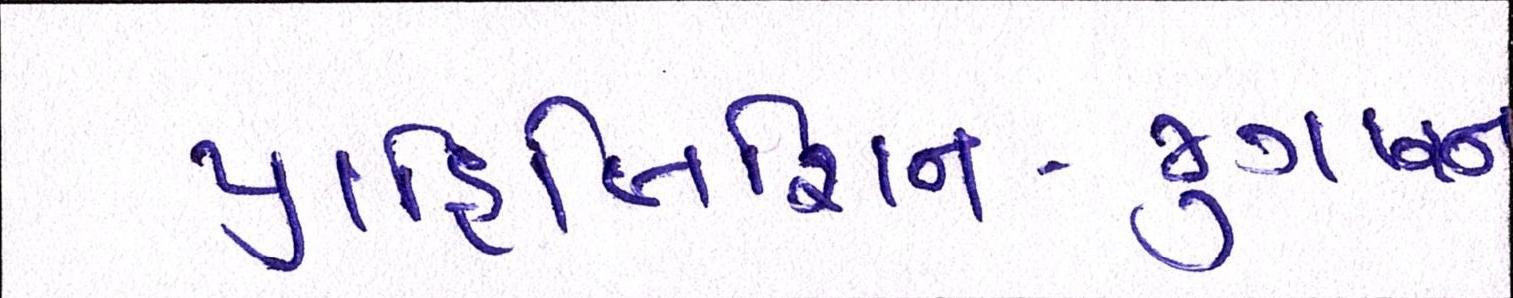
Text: પ્રાહિબિશન-જુગારના